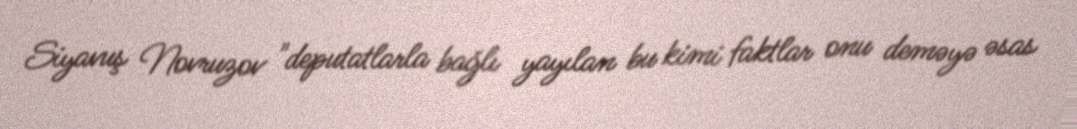
Siyavuş Novruzov "deputatlarla bağlı yayılan bu kimi faktlar onu deməyə əsas